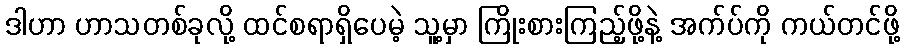
ဒါဟာ ဟာသတစ်ခုလို့ ထင်စရာရှိပေမဲ့ သူ့မှာ ကြိုးစားကြည့်ဖို့နဲ့ အက်ပ်ကို ကယ်တင်ဖို့